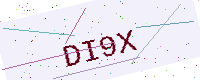
Text: DI9X